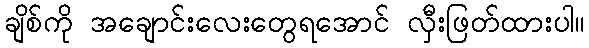
ချိစ်ကို အချောင်းလေးတွေရအောင် လှီးဖြတ်ထားပါ။